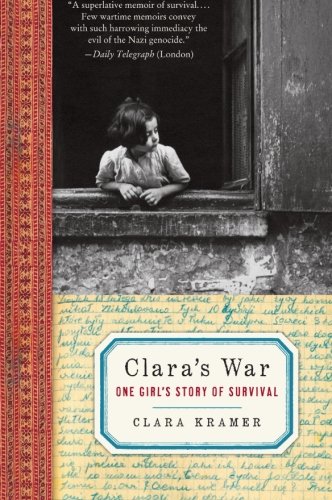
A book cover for Clara's War: One Girl's Story of Survival; Clara Kramer; Biographies & Memoirs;